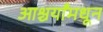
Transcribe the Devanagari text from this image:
आश्चर्यांमधून